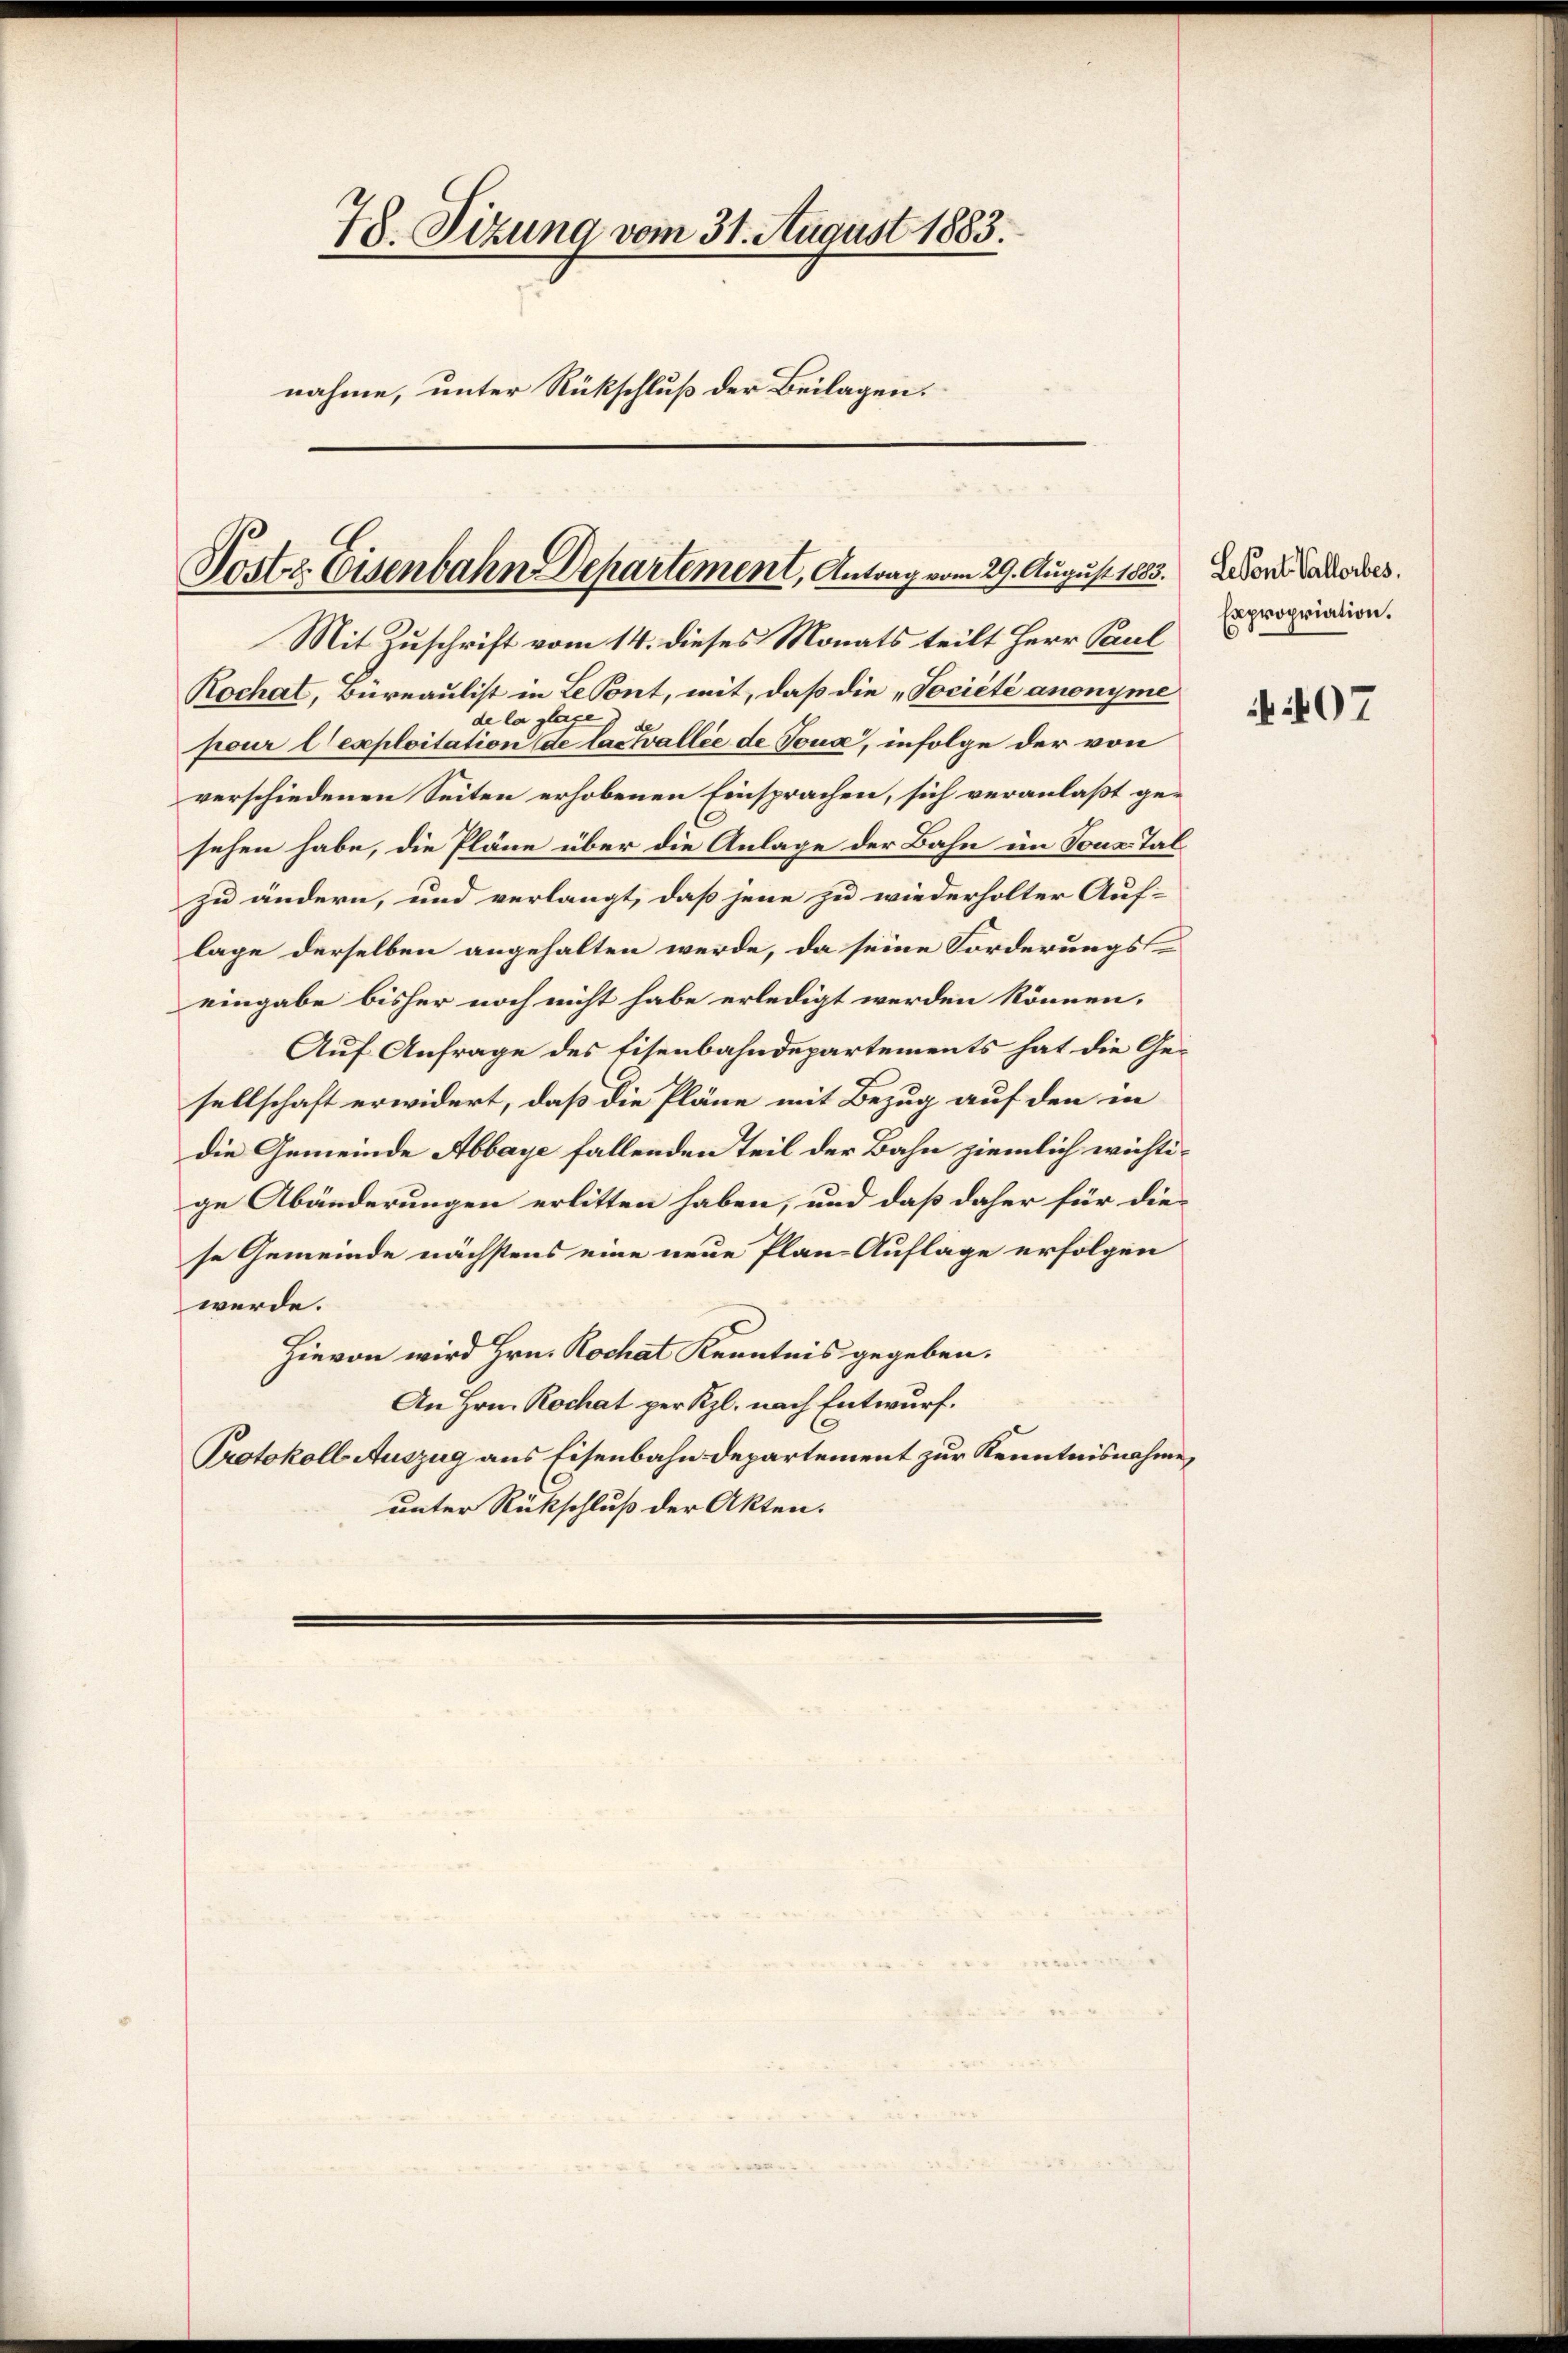
78. Sizung vom 31. August 1883.
nahme, unter Rückschluß der Beilagen.

Hoster Eisenbahn Departement, Antrag vom 29. August 1883. Leder Vaterbes

Mit Zuschrift vom 14. dieses Monats teilt Herr Paul
Rochat, Büreaulist in Le Pont, mit, daß die „Tociété anonyme
de la plage d de
pour l’exploitation de lacwallée de Jona, infolge der von
verschiedenen Seiten erhobenen Einsprachen, sich veranlaßt gesehen habe, die Pläne über die Anlage der Bahn im Tonz. Tal
zu ändern, und verlangt, daß jene zu wiederholter Auf-
lage derselben angehalten werde, da seine Forderungseingabe bisher noch nicht habe erledigt werden können.
Auf Anfrage des Eisenbahndepartements hat die Gesellschaft erwidert, daß die Pläne mit Bezug auf den in
die Gemeinde Abbaye fallenden Teil der Bahn ziemlich wichtige Abänderungen erlitten haben, und daß daher für diese Gemeinde nächstens eine neue Plan- Auflage erfolgen
werde.
Hievon wird Hrn. Rochat Kenntnis gegeben.
An Hrn. Rochat per Kgl. nach Entwurf.
Protokoll Auszug aus Eisenbahndepartement zur Kenntnisnahme,
unter Rückschluß der Akten.

Expropriation.

407